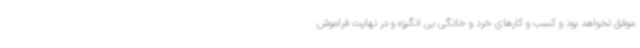
موفق نخواهد بود و کسب و کارهای خرد و خانگی بی انگیزه و در نهایت فراموش